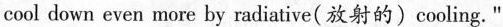
cool down even more by radiative(放射的) cooling."